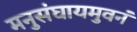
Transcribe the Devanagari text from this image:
मनुसंघायमुवनं